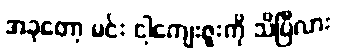
အခုတော့ မင်း ငါ့ကျေးဇူးကို သိပြီလား